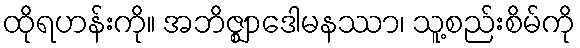
ထိုရဟန်းကို။ အဘိဇ္ဈာဒေါမနဿာ၊ သူ့စည်းစိမ်ကို